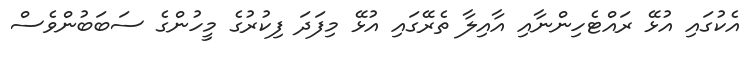
އެކުގައި އުޅޭ ރައްޓެހިންނާއި އާއިލާ ތެރޭގައި އުޅޭ މިފަދަ ފިކުރުގެ މީހުންގެ ސަބަބުންވެސް